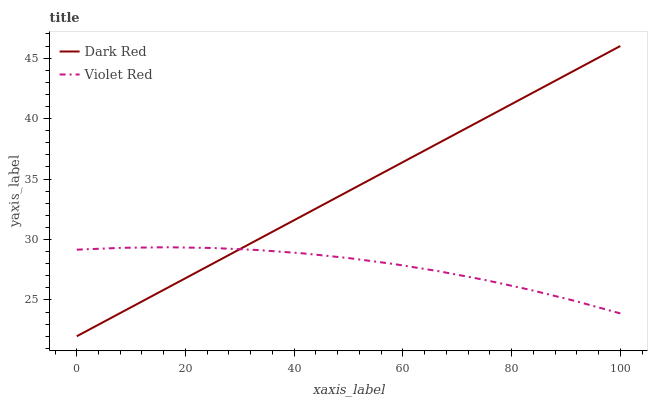
| xaxis_label | Dark Red | Violet Red |
 | --- | --- | --- |
 | 0 | 22 | 29.2 |
 | 8.33 | 24 | 29.3 |
 | 16.7 | 26 | 29.4 |
 | 25 | 28 | 29.3 |
 | 33.3 | 30 | 29.1 |
 | 41.7 | 32 | 28.9 |
 | 50 | 34 | 28.5 |
 | 58.3 | 36 | 28 |
 | 66.7 | 38 | 27.4 |
 | 75 | 40 | 26.7 |
 | 83.3 | 42 | 25.8 |
 | 91.7 | 44 | 24.9 |
 | 100 | 46 | 23.9 |